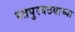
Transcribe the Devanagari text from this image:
पतपुरवठयाच्या